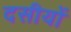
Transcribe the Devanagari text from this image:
दसीयों